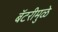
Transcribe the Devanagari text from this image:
बॅटरीमुळे